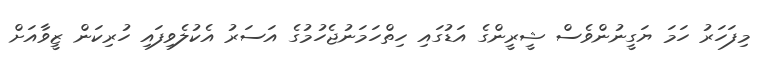
މިފަހަރު ހަމަ ޔަގީނުންވެސް ޝީރީންގެ އަޑުގައި ހިތްހަމަނުޖެހުމުގެ އަސަރު އެކުލެވިފައި ހުރިކަން ޒީވާއަށް